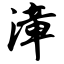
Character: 漳